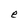
Character: e